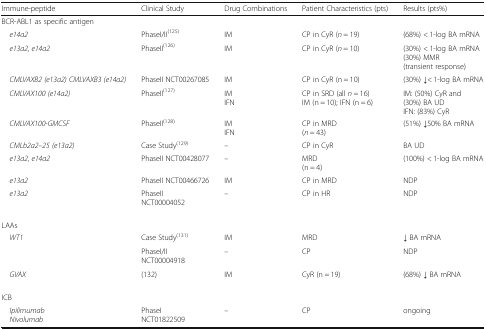
<table><thead><tr><td><b>Immune-peptide</b></td><td><b>Clinical Study</b></td><td><b>Drug Combinations</b></td><td><b>Patient Characteristics (pts)</b></td><td><b>Results (pts%)</b></td></tr></thead><tbody><tr><td colspan="5">BCR-ABL1 as specific antigen</td></tr><tr><td> <i>e14a2</i></td><td>PhaseI/II<sup>(125)</sup></td><td>IM</td><td>CP in CyR (<i>n</i> = 19)</td><td>(68%) &lt; 1-log BA mRNA</td></tr><tr><td> <i>e13a2, e14a2</i></td><td>PhaseII<sup>(126)</sup></td><td>IM</td><td>CP in CyR (<i>n</i> = 10)</td><td>(30%) &lt; 1-log BA mRNA(30%) MMR(transient response)</td></tr><tr><td> <i>CMLVAXB2 (e13a2) CMLVAXB3 (e14a2)</i></td><td>PhaseII NCT00267085</td><td>IM</td><td>CP in CyR (n = 10)</td><td>(30%) ↓&lt; 1-log BA mRNA</td></tr><tr><td> <i>CMLVAX100 (e14a2)</i></td><td>PhaseII<sup>(127)</sup></td><td>IMIFN</td><td>CP in SRD (all <i>n</i> = 16)IM (n = 10); IFN (n = 6)</td><td>IM: (50%) CyR and(30%) BA UDIFN: (83%) CyR</td></tr><tr><td> <i>CMLVAX100-GMCSF</i></td><td>PhaseII<sup>(128)</sup></td><td>IMIFN</td><td>CP in MRD(<i>n</i> = 43)</td><td>(51%) ↓50% BA mRNA</td></tr><tr><td> <i>CMLb2a2–25 (e13a2)</i></td><td>Case Study<sup>(129)</sup></td><td>–</td><td>CP in CyR</td><td>BA UD</td></tr><tr><td> <i>e13a2, e14a2</i></td><td>PhaseII NCT00428077</td><td>–</td><td>MRD(n = 4)</td><td>(100%) &lt; 1-log BA mRNA</td></tr><tr><td> <i>e13a2</i></td><td>PhaseII NCT00466726</td><td>IM</td><td>CP in MRD</td><td>NDP</td></tr><tr><td> <i>e13a2</i></td><td>PhaseIINCT00004052</td><td>–</td><td>CP in HR</td><td>NDP</td></tr><tr><td colspan="5">LAAs</td></tr><tr><td rowspan="2"> <i>WT1</i></td><td>Case Study<sup>(131)</sup></td><td>IM</td><td>MRD</td><td>↓ BA mRNA</td></tr><tr><td>PhaseI/IINCT00004918</td><td>–</td><td>CP</td><td>NDP</td></tr><tr><td> <i>GVAX</i></td><td>(132)</td><td>IM</td><td>CyR (n = 19)</td><td>(68%) ↓ BA mRNA</td></tr><tr><td colspan="5">ICB</td></tr><tr><td><i> Ipilimumab</i><i> Nivolumab</i></td><td>PhaseINCT01822509</td><td>–</td><td>CP</td><td>ongoing</td></tr></tbody></table>